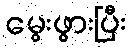
မွေးဖွားပြီး